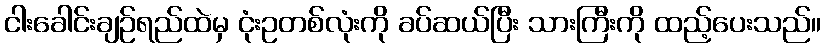
ငါးခေါင်းချဉ်ရည်ထဲမှ ငုံးဥတစ်လုံးကို ခပ်ဆယ်ပြီး သားကြီးကို ထည့်ပေးသည်။